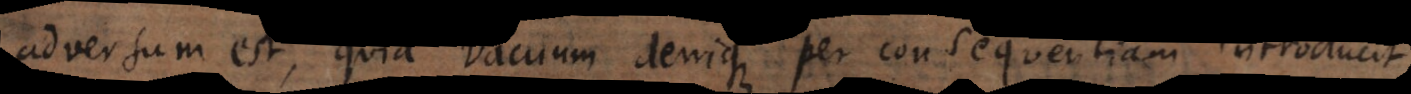
adversum est, quia vacuum denique per consequentiam introducit,